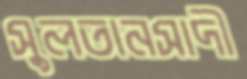
সুলতানসাদী